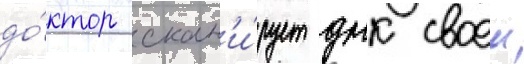
до́ктор скан'и́рует днк своеи